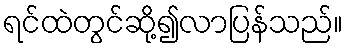
ရင်ထဲတွင်ဆို့၍လာပြန်သည်။